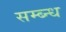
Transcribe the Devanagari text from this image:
सम्ब्न्ध